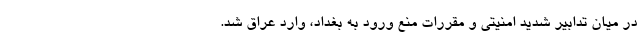
در میان تدابیر شدید امنیتی و مقررات منع ورود به بغداد، وارد عراق شد.